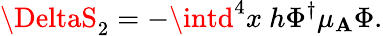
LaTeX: \DeltaS_{2}=-\intd^{4}x~h\Phi^{\dagger}\mu_{\mathbf{A}}\Phi.